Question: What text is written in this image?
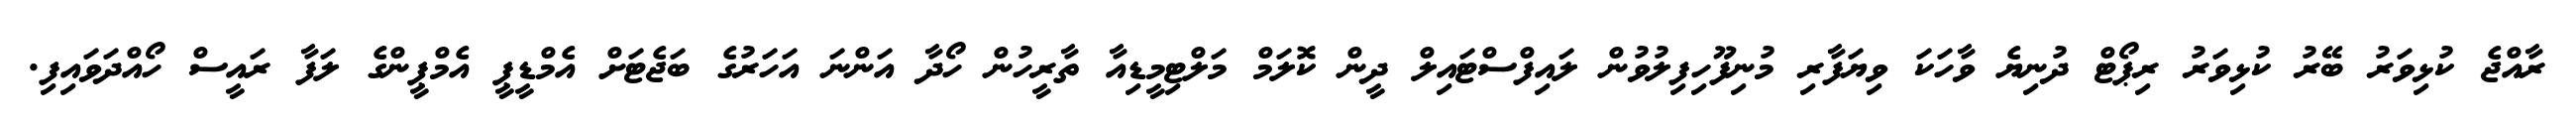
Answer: ރާއްޖެ ކުޅިވަރު ބޭރު ކުޅިވަރު ރިޕޯޓް ދުނިޔެ ވާހަކަ ވިޔަފާރި މުނިފޫހިފިލުވުން ލައިފްސްޓައިލް ދީން ކޮލަމް މަލްޓިމީޑިއާ ތާރީހުން ހޯދާ އަންނަ އަހަރުގެ ބަޖެޓަށް އެމްޑީޕީ އެމްޕީންގެ ލަފާ ރައީސް ހޯއްދަވައިފި.